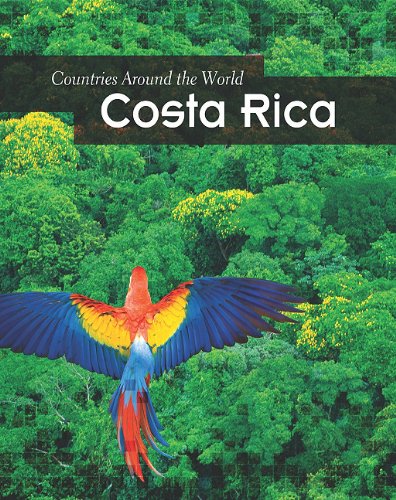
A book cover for Costa Rica (Countries Around the World); Elizabeth Raum; Children's Books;